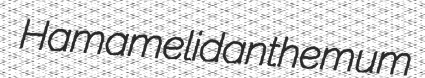
Hamamelidanthemum